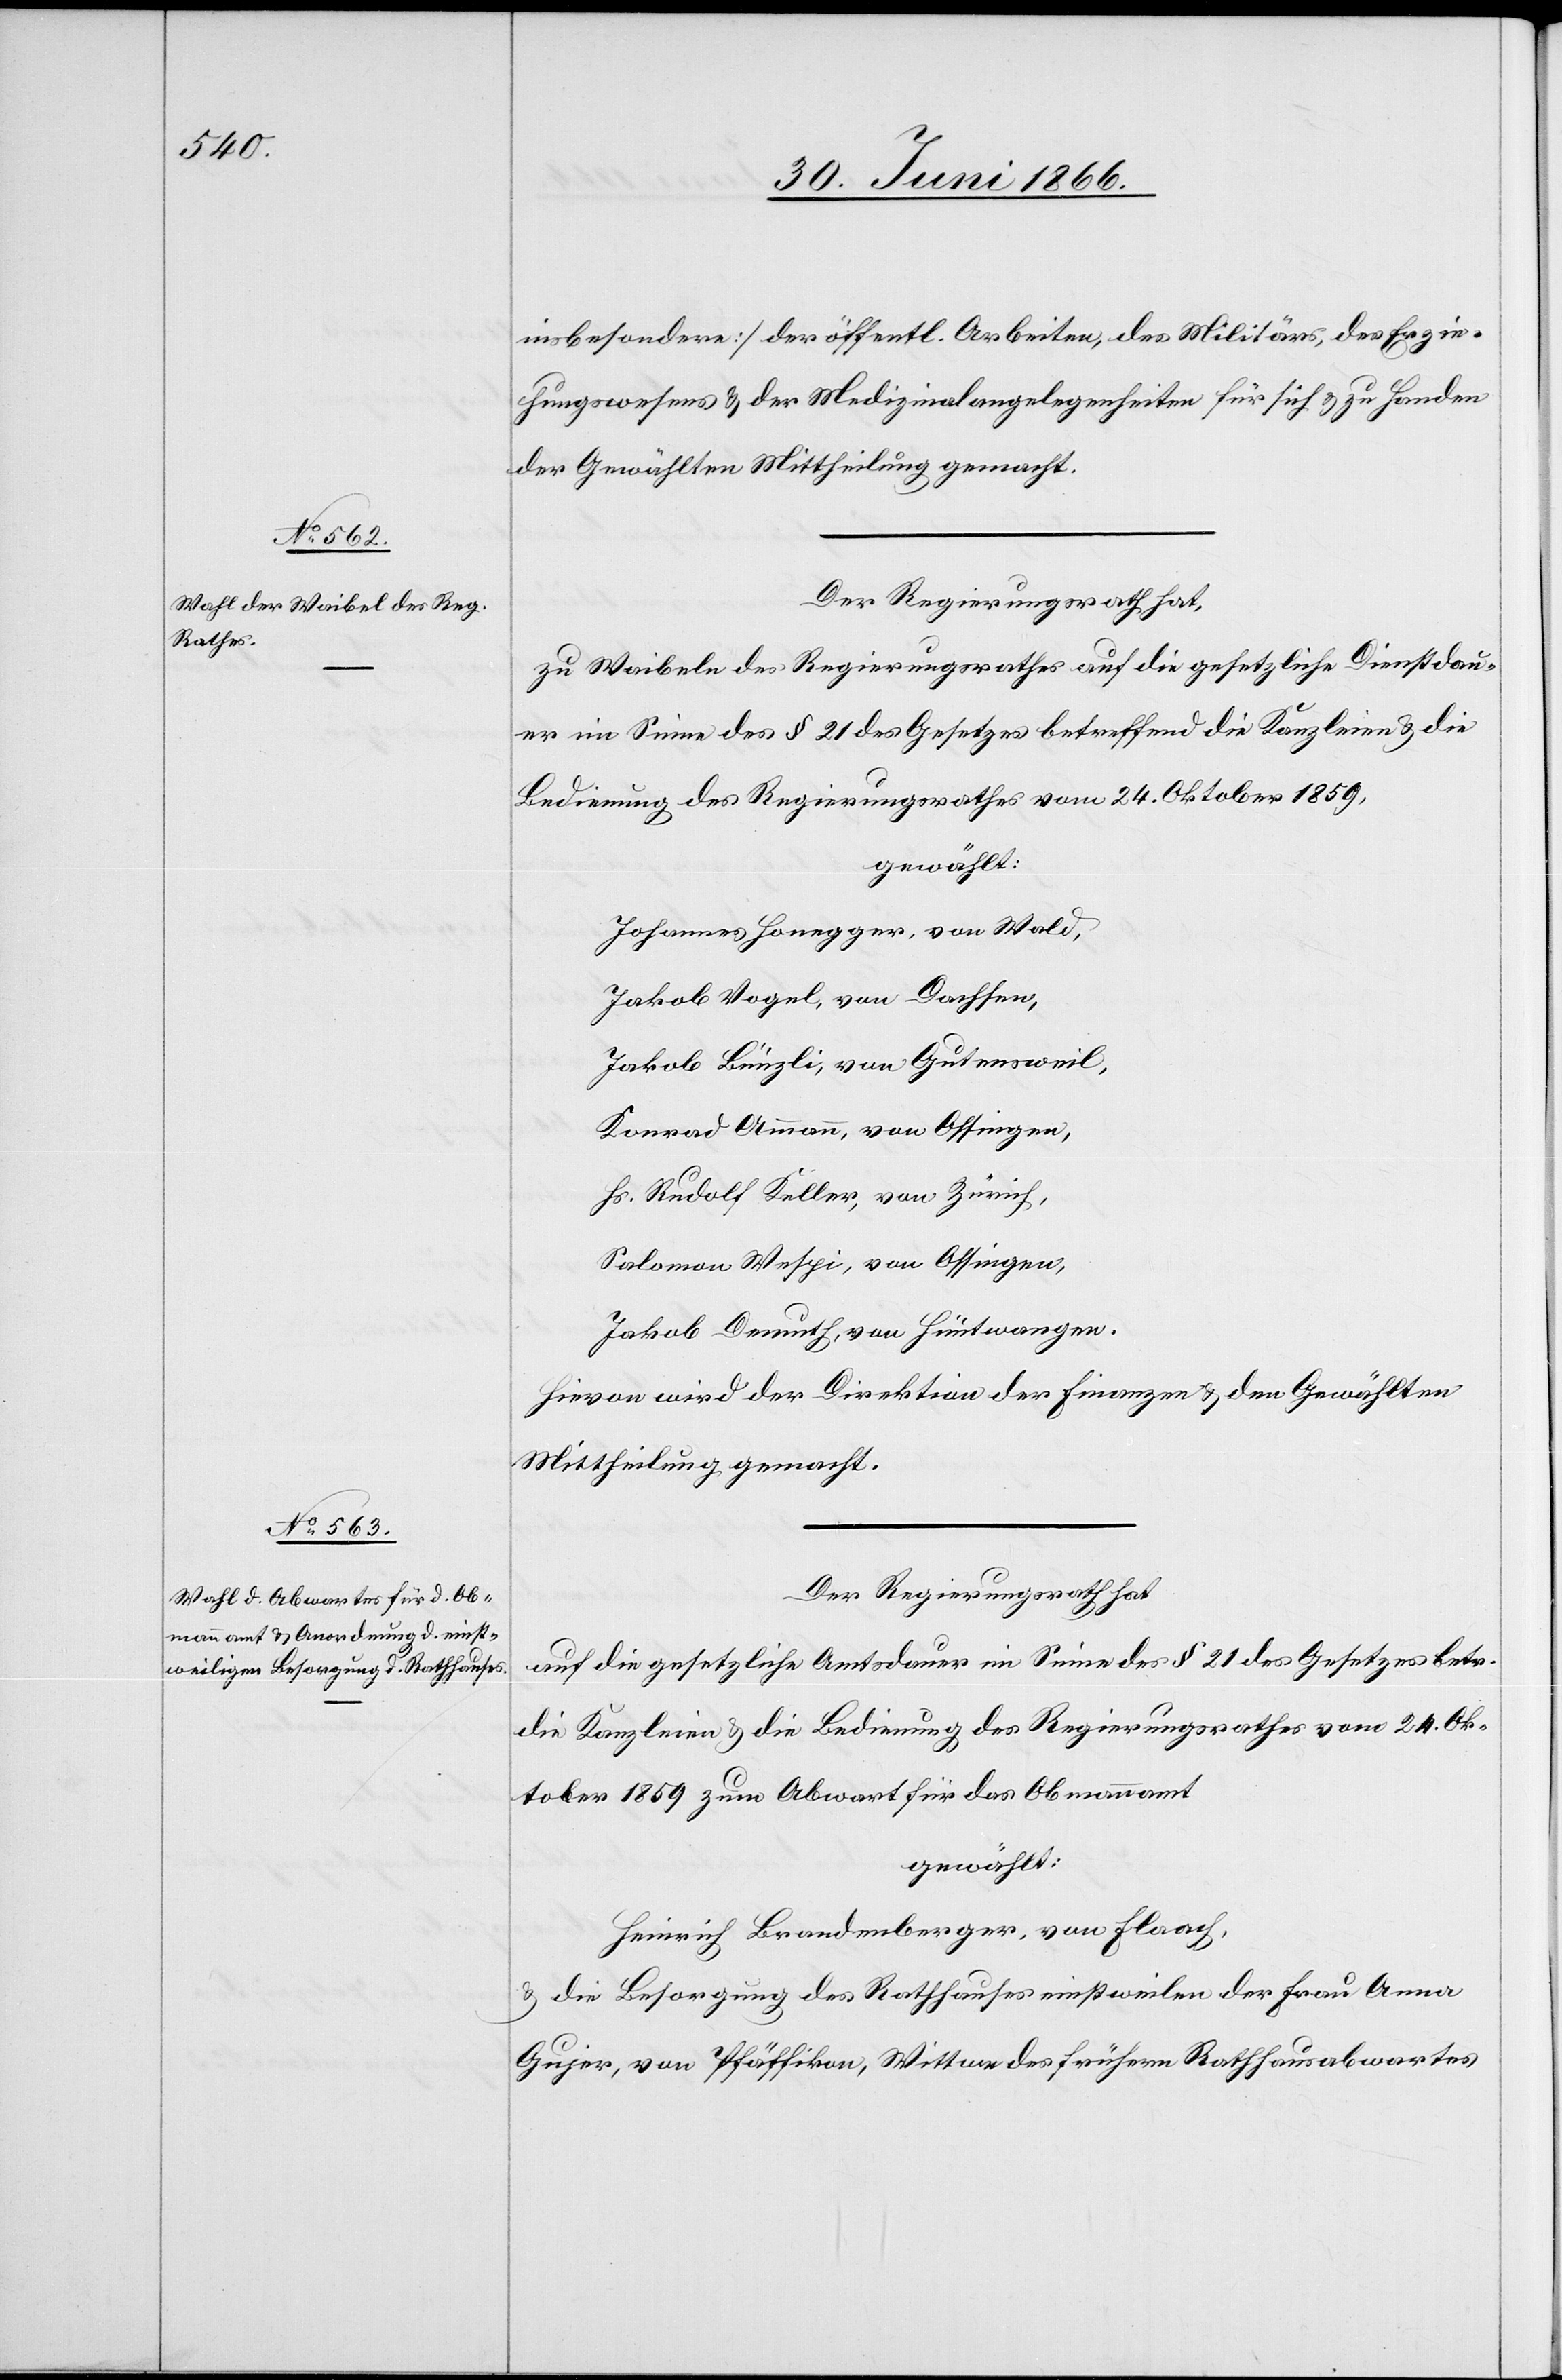
insbesondere] der öffentl. Arbeiten, des Militärs, des Erzie¬
hungswesens u. der Medizinalangelegenheiten für sich u. zu Handen
der Gewählten Mittheilung gemacht.
Der Regierungsrath hat,
zu Weibel des Regierungsrathes auf die gesetzliche Dienstdau¬
er im Sinne des § 21 des Gesetzes betreffend die Kanzleien u. die
Bedienung des Regierungsrathes vom 24. Oktober 1859,
gewählt:
Johannes Honegger, von Wald,
Jakob Vogel, von Dachsen,
Jakob Bünzli, von Gutensweil,
Konrad Ammann, von Ossingen,
Hs. Rudolf Keller, von Zürich,
Solomon Wespi, von Ossingen,
Jakob Demuth, von Hüntwangen.
Hievon wird der Direktion der Finanzen u. den Gewählten
Mittheilung gemacht.
Der Regierungsrath hat,
auf die gesetzliche Amtsdauer im Sinne des § 21 des Gesetzes betr.
die Kanzleien u. die Bedienung des Regierungsrathes vom 24. Ok¬
tober 1859 zum Abwart für das Obmannamt
gewählt:
Heinrich Brandenburger, von Flaach,
u. die Besorgung des Rathhauses einstweilen der Frau Anna
Gujer, von Pfäffikon, Wittwe des frühern Rathhausabwartes